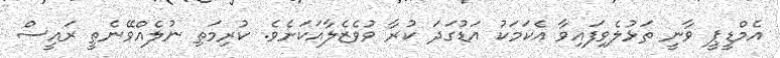
އެމްޑީޕީ ވާނީ ތަޅުލެވިފައިވާ އެކަމަކު އަޑުގަދަ ކުރާ ވުވެޒެލާއަކަށެވެ. ކުރިމަތި ނުލެއްވޭނެތީ ރައީސް